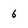
Character: 6